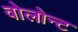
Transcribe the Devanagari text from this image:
वोलोन्ट